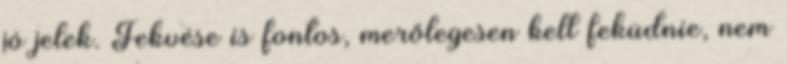
jó jelek. Fekvése is fontos, merőlegesen kell feküdnie, nem